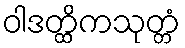
ဝါဒတ္ထိကသုတ္တံ